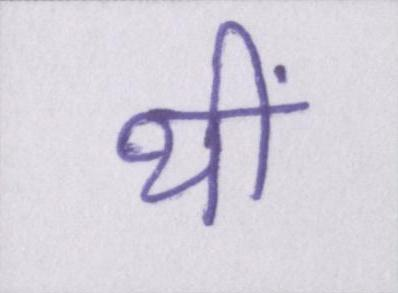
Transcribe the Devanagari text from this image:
थीं